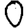
Digit: 0